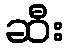
ဆီး